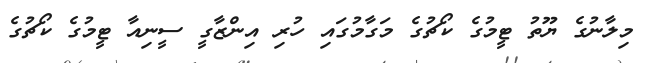
މިލާނުގެ ޔޫތު ޓީމުގެ ކޯޗުގެ މަގާމުގައި ހުރި އިންޒާގީ ސީނިއާ ޓީމުގެ ކޯޗުގެ